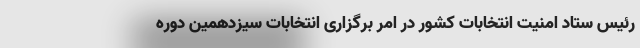
رئیس ستاد امنیت انتخابات کشور در امر برگزاری انتخابات سیزدهمین دوره